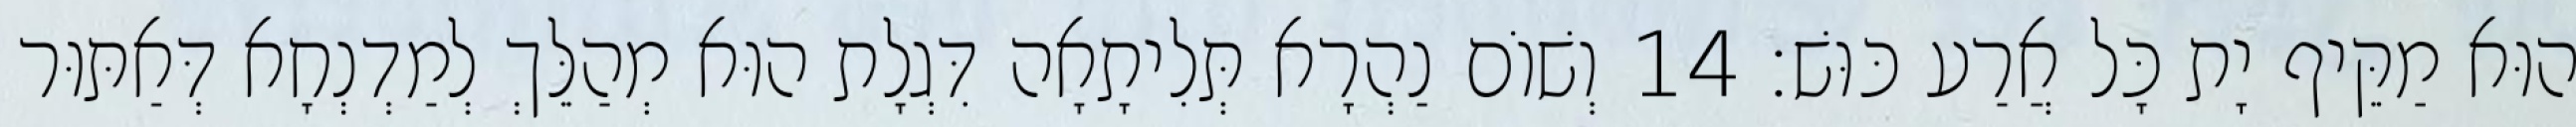
הוּא מַקֵּיף יָת כָּל אֲרַע כּוּשׁ׃ 14 וְשׁוֹם נַהְרָא תְּלִיתָאָה דִּגְלָת הוּא מְהַלֵּךְ לְמַדְנְחָא דְּאַתּוּר